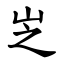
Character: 㞫